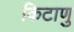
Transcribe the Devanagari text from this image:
किटाणु